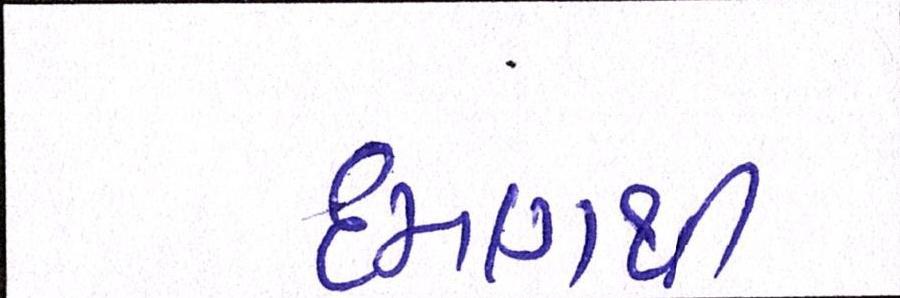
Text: દમણથી